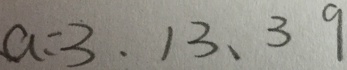
a = 3 , 1 3 , 3 9